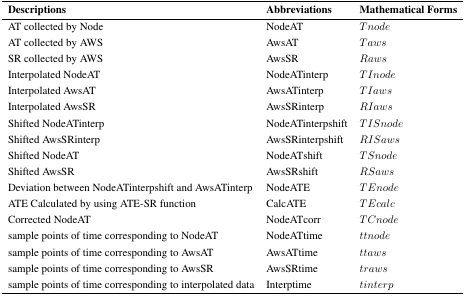
<table><thead><tr><td><b>Descriptions</b></td><td><b>Abbreviations</b></td><td><b>Mathematical Forms</b></td></tr></thead><tbody><tr><td>AT collected by Node</td><td>NodeAT</td><td><i>Tnode</i></td></tr><tr><td>AT collected by AWS</td><td>AwsAT</td><td><i>Taws</i></td></tr><tr><td>SR collected by AWS</td><td>AwsSR</td><td><i>Raws</i></td></tr><tr><td>Interpolated NodeAT</td><td>NodeATinterp</td><td><i>TInode</i></td></tr><tr><td>Interpolated AwsAT</td><td>AwsATinterp</td><td><i>TIaws</i></td></tr><tr><td>Interpolated AwsSR</td><td>AwsSRinterp</td><td><i>RIaws</i></td></tr><tr><td>Shifted NodeATinterp</td><td>NodeATinterpshift</td><td><i>TISnode</i></td></tr><tr><td>Shifted AwsSRinterp</td><td>AwsSRinterpshift</td><td><i>RISaws</i></td></tr><tr><td>Shifted NodeAT</td><td>NodeATshift</td><td><i>TSnode</i></td></tr><tr><td>Shifted AwsSR</td><td>AwsSRshift</td><td><i>RSaws</i></td></tr><tr><td>Deviation between NodeATinterpshift and AwsATinterp</td><td>NodeATE</td><td><i>TEnode</i></td></tr><tr><td>ATE Calculated by using ATE-SR function</td><td>CalcATE</td><td><i>TEcalc</i></td></tr><tr><td>Corrected NodeAT</td><td>NodeATcorr</td><td><i>TCnode</i></td></tr><tr><td>sample points of time corresponding to NodeAT</td><td>NodeATtime</td><td><i>ttnode</i></td></tr><tr><td>sample points of time corresponding to AwsAT</td><td>AwsATtime</td><td><i>ttaws</i></td></tr><tr><td>sample points of time corresponding to AwsSR</td><td>AwsSRtime</td><td><i>traws</i></td></tr><tr><td>sample points of time corresponding to interpolated data</td><td>Interptime</td><td><i>tinterp</i></td></tr></tbody></table>